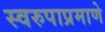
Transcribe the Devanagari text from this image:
स्वरुपाप्रमाणे